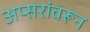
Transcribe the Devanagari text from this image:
अप्सरांवरून